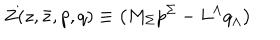
Z ( z , \bar { z } , { p } , { q } ) \equiv \left( M _ { \Sigma } { p } ^ { \Sigma } - L ^ { \Lambda } { q } _ { \Lambda } \right)